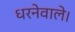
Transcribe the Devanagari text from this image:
धरनेवाले।